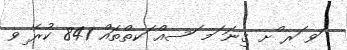
ަވ ަރ ްށ ގިނަ ަމ ަސއް ަކތްތައް 841 ކުރެ ިވ